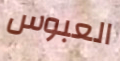
العبوس